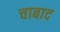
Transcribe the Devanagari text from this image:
चाबाद